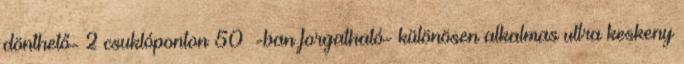
dönthető- 2 csuklóponton 50°-ban forgatható- különösen alkalmas ultra keskeny